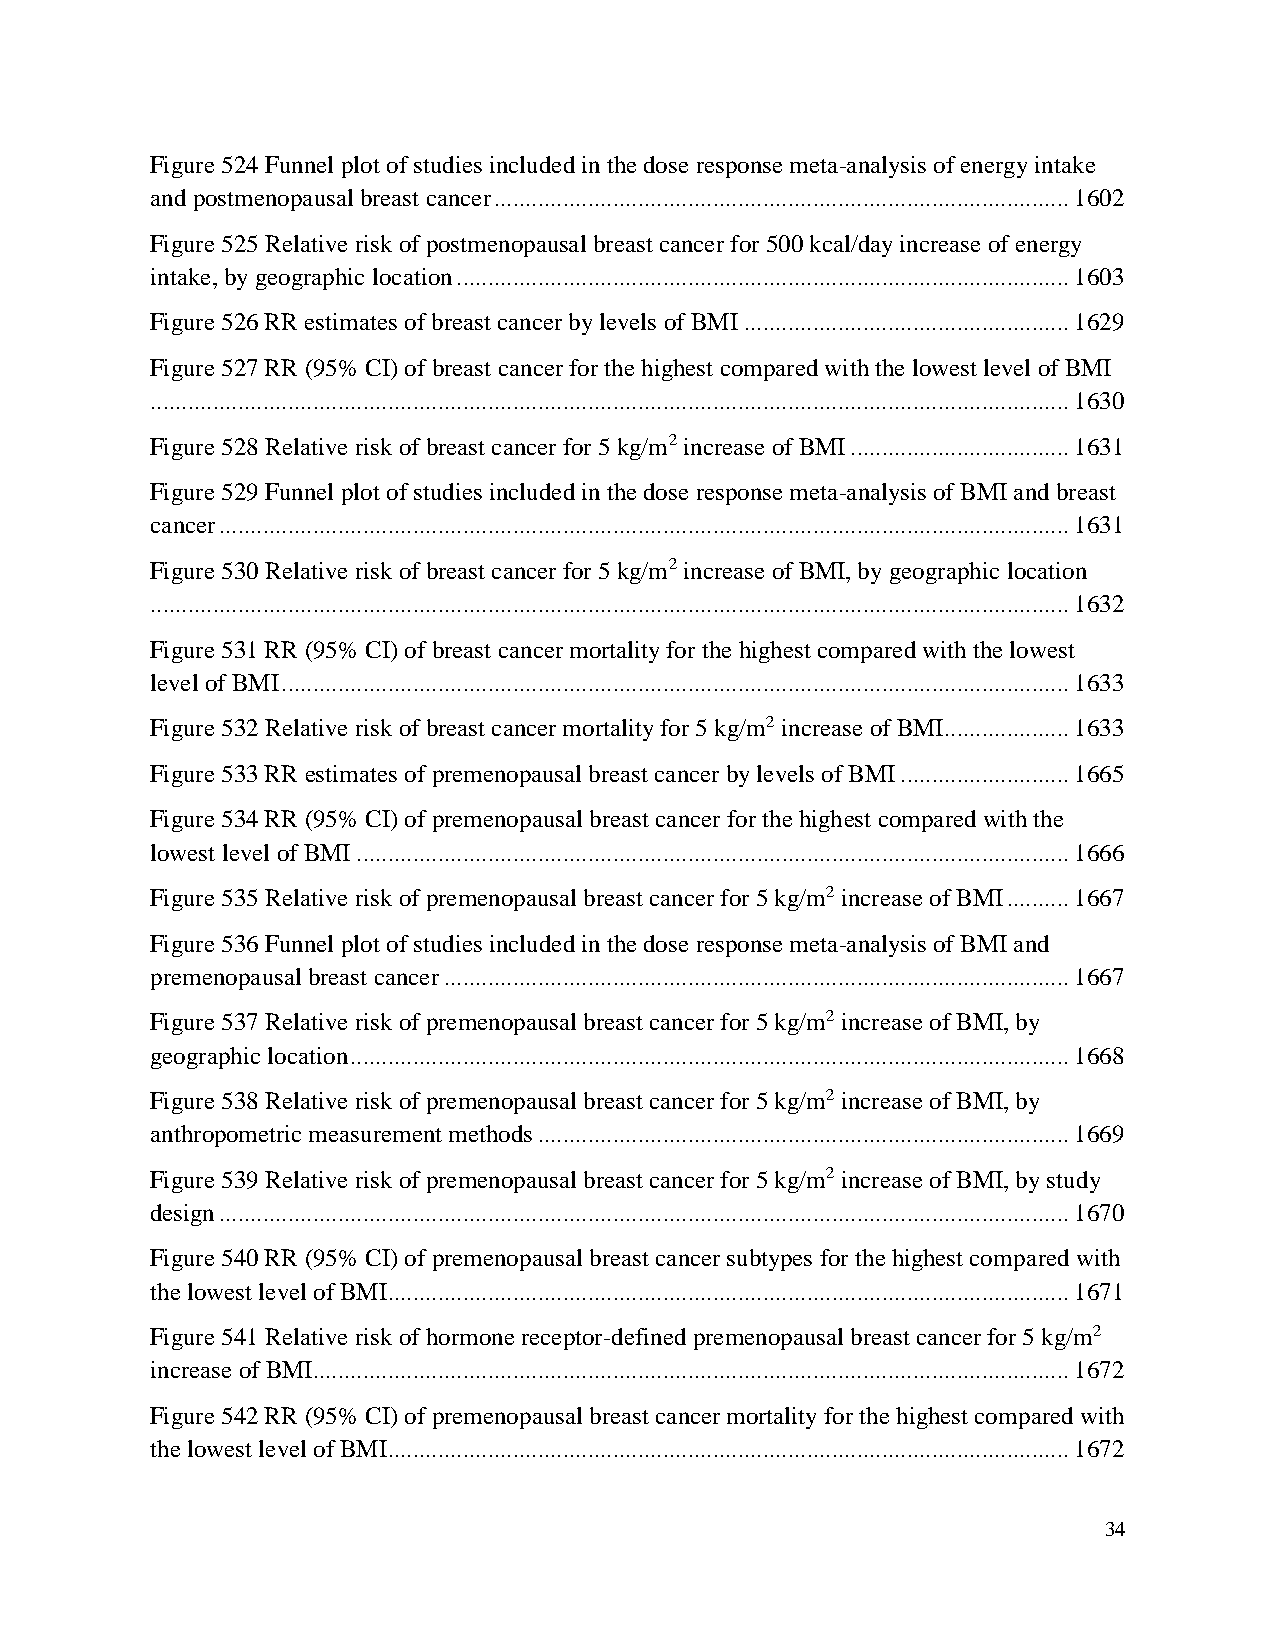
Figure 524 Funnel plot of studies included in the dose response meta-analysis of energy intake
 and postmenopausal breast cancer ............................................................................................ 1602
 Figure 525 Relative risk of postmenopausal breast cancer for 500 kcal/day increase of energy
 intake, by geographic location .................................................................................................. 1603
 Figure 526 RR estimates of breast cancer by levels of BMI .................................................... 1629
 Figure 527 RR (95% CI) of breast cancer for the highest compared with the lowest level of BMI
 ................................................................................................................................................... 1630
 Figure 528 Relative risk of breast cancer for 5 kg/m2 increase of BMI ................................... 1631
 Figure 529 Funnel plot of studies included in the dose response meta-analysis of BMI and breast
 cancer ........................................................................................................................................ 1631
 Figure 530 Relative risk of breast cancer for 5 kg/m2 increase of BMI, by geographic location
 ................................................................................................................................................... 1632
 Figure 531 RR (95% CI) of breast cancer mortality for the highest compared with the lowest
 level of BMI .............................................................................................................................. 1633
 Figure 532 Relative risk of breast cancer mortality for 5 kg/m2 increase of BMI .................... 1633
 Figure 533 RR estimates of premenopausal breast cancer by levels of BMI ........................... 1665
 Figure 534 RR (95% CI) of premenopausal breast cancer for the highest compared with the
 lowest level of BMI .................................................................................................................. 1666
 Figure 535 Relative risk of premenopausal breast cancer for 5 kg/m2 increase of BMI .......... 1667
 Figure 536 Funnel plot of studies included in the dose response meta-analysis of BMI and
 premenopausal breast cancer .................................................................................................... 1667
 Figure 537 Relative risk of premenopausal breast cancer for 5 kg/m2 increase of BMI, by
 geographic location ................................................................................................................... 1668
 Figure 538 Relative risk of premenopausal breast cancer for 5 kg/m2 increase of BMI, by
 anthropometric measurement methods ..................................................................................... 1669
 Figure 539 Relative risk of premenopausal breast cancer for 5 kg/m2 increase of BMI, by study
 design ........................................................................................................................................ 1670
 Figure 540 RR (95% CI) of premenopausal breast cancer subtypes for the highest compared with
 the lowest level of BMI............................................................................................................. 1671
 Figure 541 Relative risk of hormone receptor-defined premenopausal breast cancer for 5 kg/m2
 increase of BMI......................................................................................................................... 1672
 Figure 542 RR (95% CI) of premenopausal breast cancer mortality for the highest compared with
 the lowest level of BMI............................................................................................................. 1672
 34